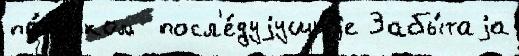
по́льском  посл'е́дуjущиjе Забы́таjа